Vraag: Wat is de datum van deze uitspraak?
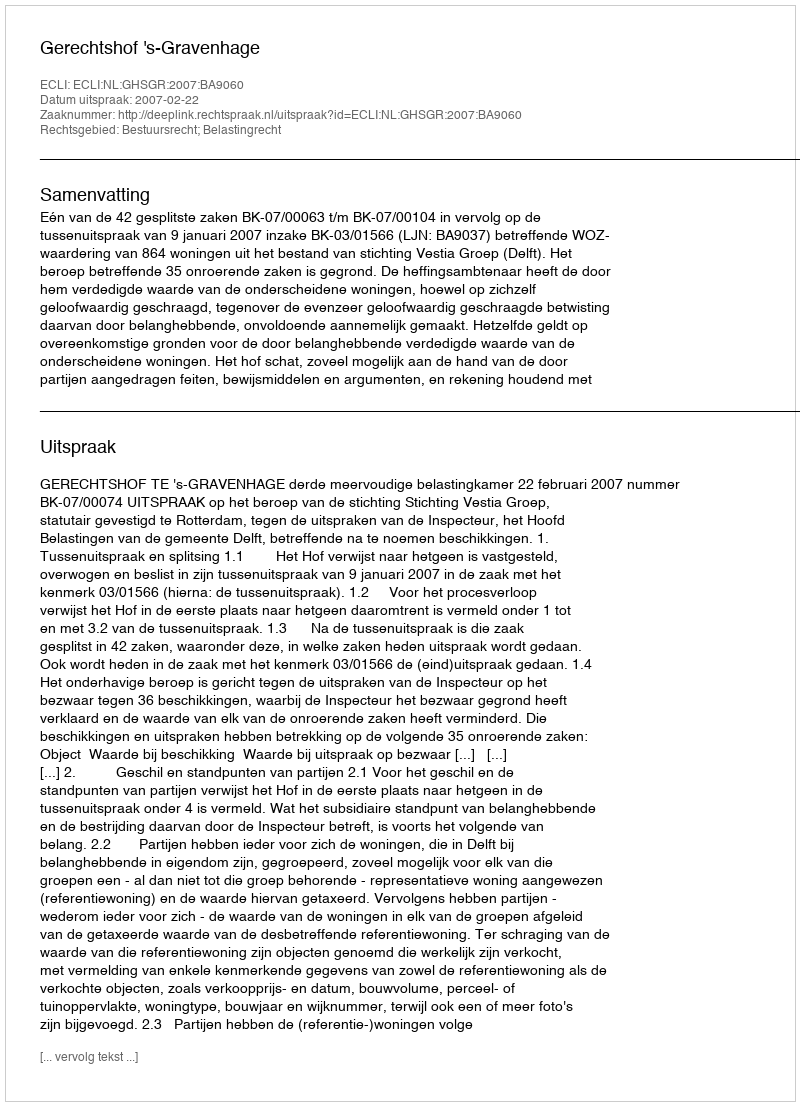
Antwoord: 2007-02-22